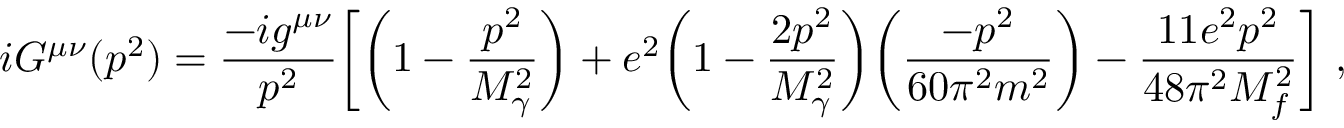
i G ^ { \mu \nu } ( p ^ { 2 } ) = \frac { - i g ^ { \mu \nu } } { p ^ { 2 } } \biggl [ \biggl ( 1 - \frac { p ^ { 2 } } { M _ { \gamma } ^ { 2 } } \biggr ) + e ^ { 2 } \biggl ( 1 - \frac { 2 p ^ { 2 } } { M _ { \gamma } ^ { 2 } } \biggr ) \biggr ( \frac { - p ^ { 2 } } { 6 0 \pi ^ { 2 } m ^ { 2 } } \biggr ) - \frac { 1 1 e ^ { 2 } p ^ { 2 } } { 4 8 \pi ^ { 2 } M _ { f } ^ { 2 } } \biggr ] \ ,